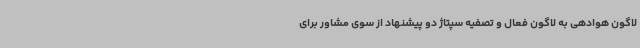
لاگون هوادهی به لاگون فعال و تصفیه سپتاژ دو پیشنهاد از سوی مشاور برای